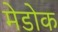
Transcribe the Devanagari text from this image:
मेडोक